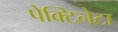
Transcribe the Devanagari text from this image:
पेक्टिनेटा